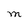
Character: M